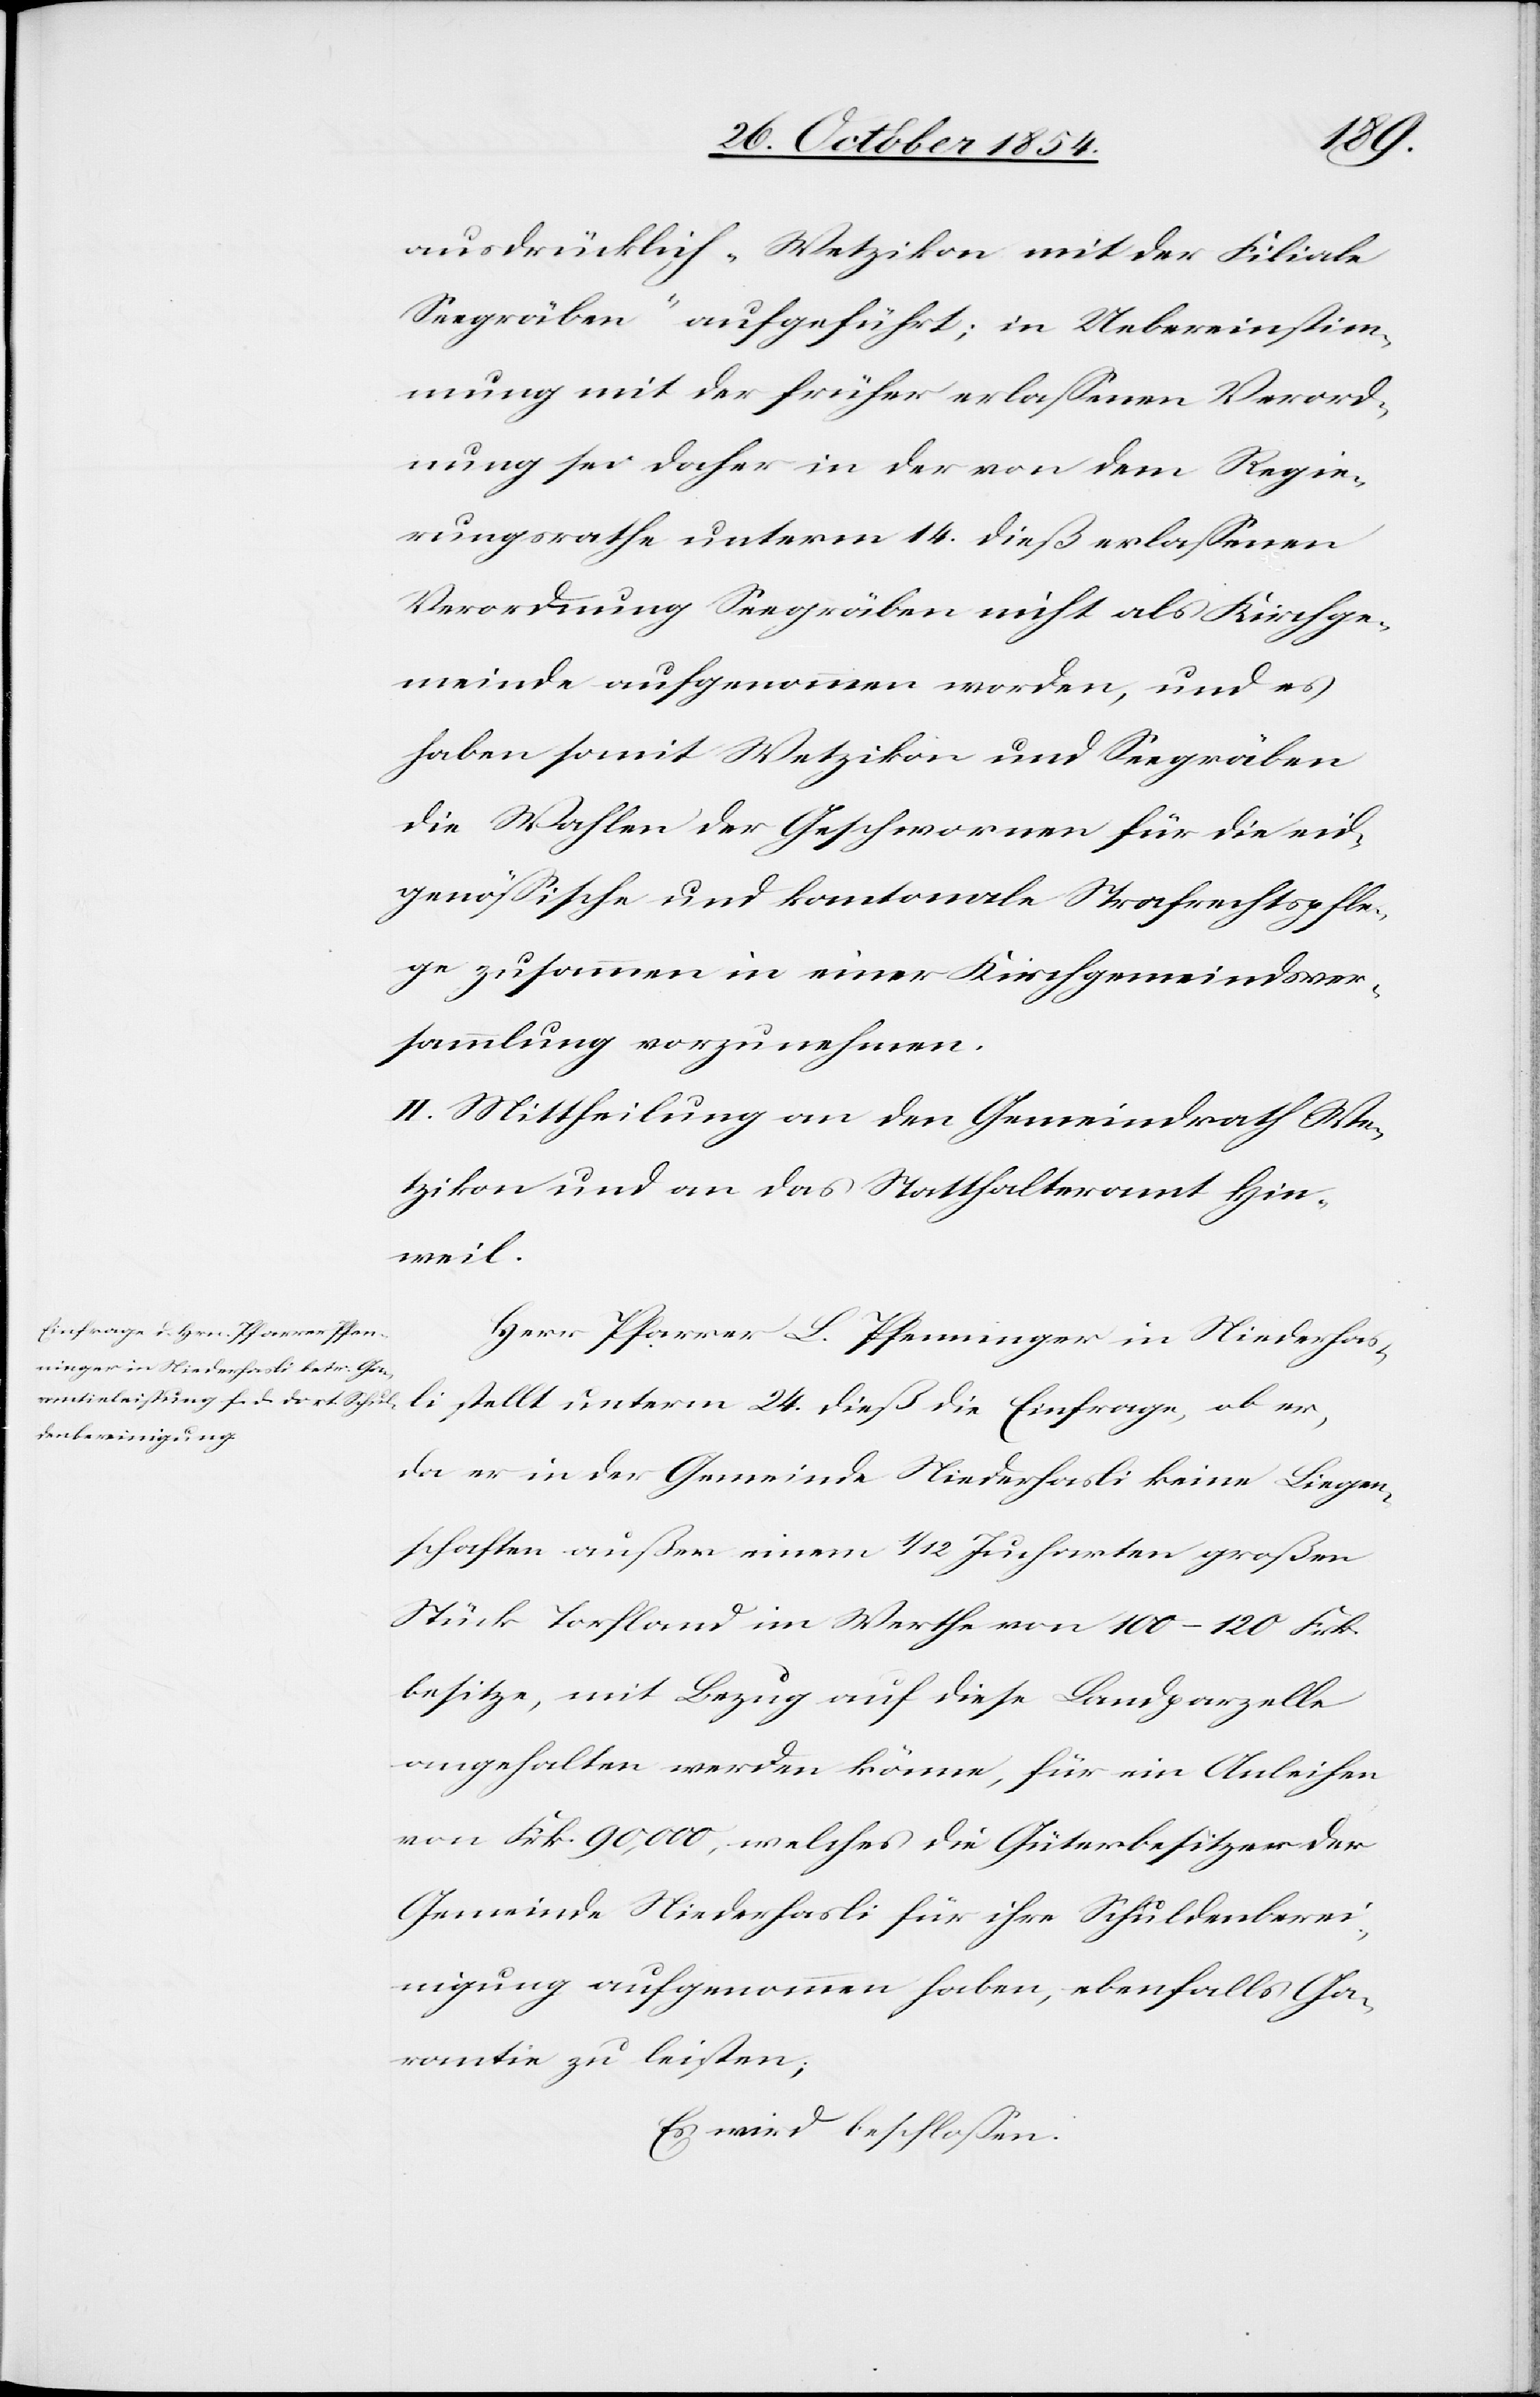
ausdrücklich „Wetzikon mit der Filiale
Seegräben“ aufgeführt; in Uebereinstim¬
mung mit der früher erlaßenen Verord¬
nung sei daher in der von dem Regie¬
rungsrathe unterm 14. dieß erlaßenen
Verordnung Seegräben nicht als Kirchge¬
meinde aufgenommen worden, und es
haben somit Wetzikon und Seegräben
die Wahlen der Geschwornen für die eid¬
genößische und kantonale Strafrechtspfle¬
ge zusammen in einer Kirchgemeindsver¬
sammlung vorzunehmen.
II. Mittheilung an den Gemeindrath We¬
tzikon und an das Statthalteramt Hin¬
weil.
Herr Pfarrer L. Pfenninger in Niederhas¬
li stellt unterm 24. dieß die Einfrage, ob er,
da er in der Gemeinde Niederhasli keine Liegen¬
schaften außer einem 1/12 Jucharten großen
Stück Torfland im Werthe von 100–120 Frk.
besitze, mit Bezug auf diese Landparzelle
angehalten werden könne, für ein Anleihen
von Frk. 90,000, welches die Güterbesitzer der
Gemeinde Niederhasli für ihre Schuldenberei¬
nigung aufgenommen habe, ebenfalls Ga¬
rantie zu leisten;
Es wird beschloßen: